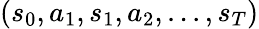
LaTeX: (s_{0},a_{1},s_{1},a_{2},...,s_{T})